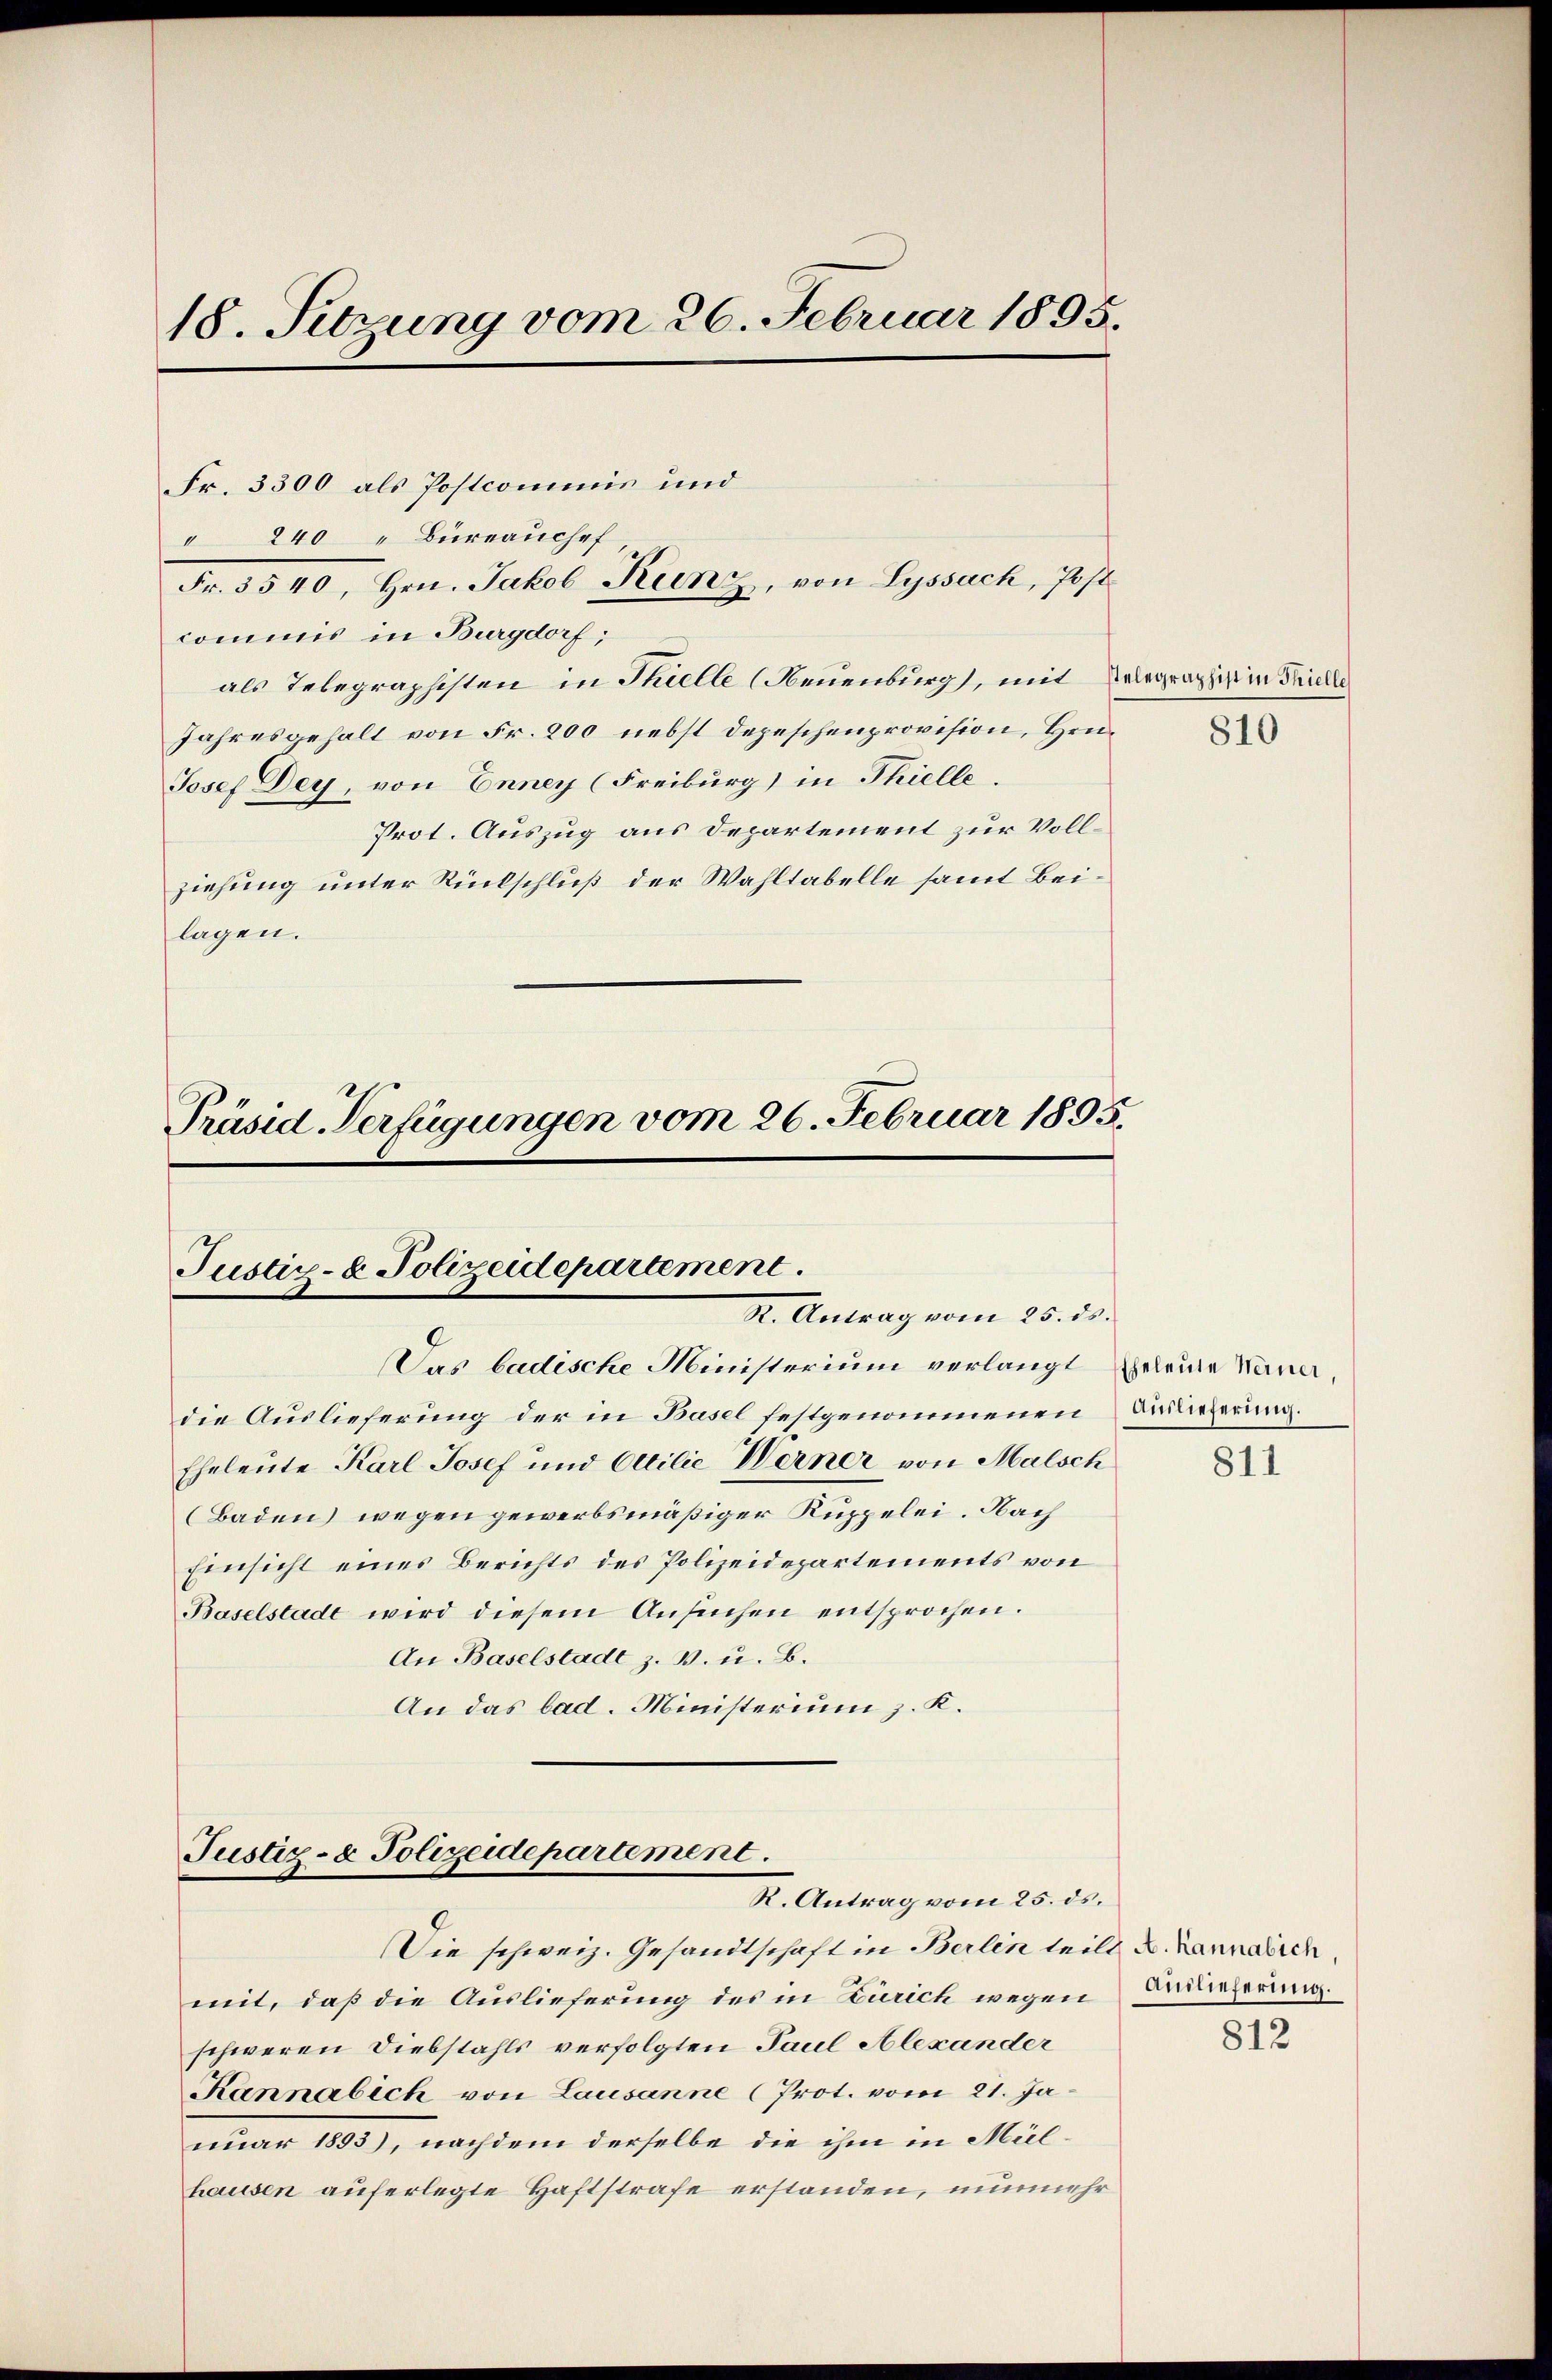
18. Setzung vom 26. Februar 1895.

Fr. 3300 als Postcommis und
" 240 " Bureauchef
commis in Burgdorf;
als Telegraphisten in Thielle (Neuenburg, mit Delegraphie in Pichle
Jahresgehalt von Fr. 200 nebst Depeschenprovision, Hrn.
Josef Dey, von Enney (Freiburg) in Thielle.
Prot. Auszug aus Departement zur Vollziehung unter Rückschluß der Wahltabelle samt Beilagen.

Fr. 3540, Hrn. Jakob Kunz, von Lyssach, Post

Justiz- & Polizeidepartement.
S. Antrag vom 25. ds.

Präsid. Verfügungen vom 26. Februar 1895.

Justiz- & Polizeidepartement
R. Antrag vom 25. ds.

Das badische Ministerium verlangt Eheleute Nana,
die Auslieferung der in Basel festgenommenen Anlieferung.
Eheleute Karl Josef und Ottilie Werner von Malsch
(Baden wegen gewerbsmäßiger Kuppelei. Nach
Einsicht eines Berichts des Polizeidepartements von
Baselstadt wird diesem Ansuchen entsprochen.
An Baselstadt z. B. u. B.
An das bad. Ministerium z. K.

Die schweiz. Gesandtschaft in Berlin teilt u. Lanndlich,
mit, daß die Auslieferung des in Zürich wegen
schweren Diebstahls verfolgten Paul Alexander
Kannalich von Lausanne (Prot. vom 21. Januar 1893), nachdem derselbe die ihm in Mülhausen auferlegte Haftstrafe erstanden, nunmehr

811

Auslieferung.
812